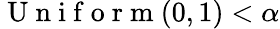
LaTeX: \mathrm{~U~n~i~f~o~r~m~}(0,1)<\alpha